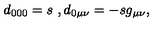
d _ { 0 0 0 } = s \ , d _ { 0 \mu \nu } = - s g _ { \mu \nu } ,